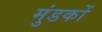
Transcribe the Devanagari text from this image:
मुंडकों